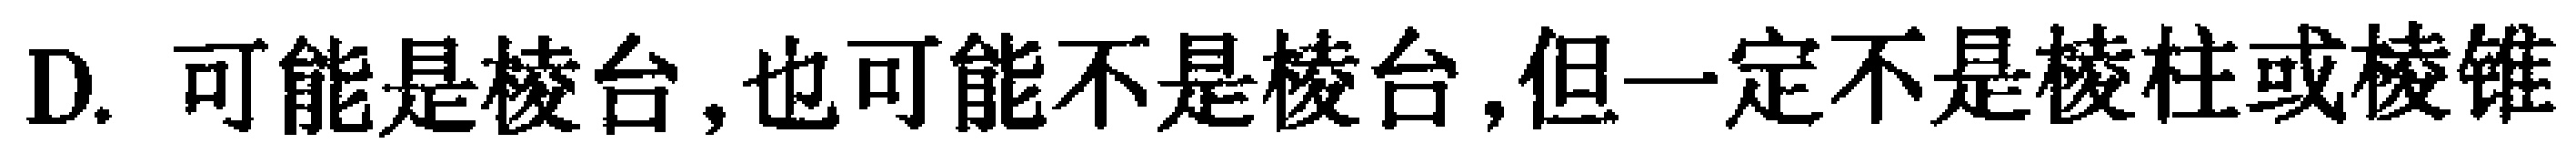
D. 可能是棱台,也可能不是棱台,但一定不是棱柱或棱锥